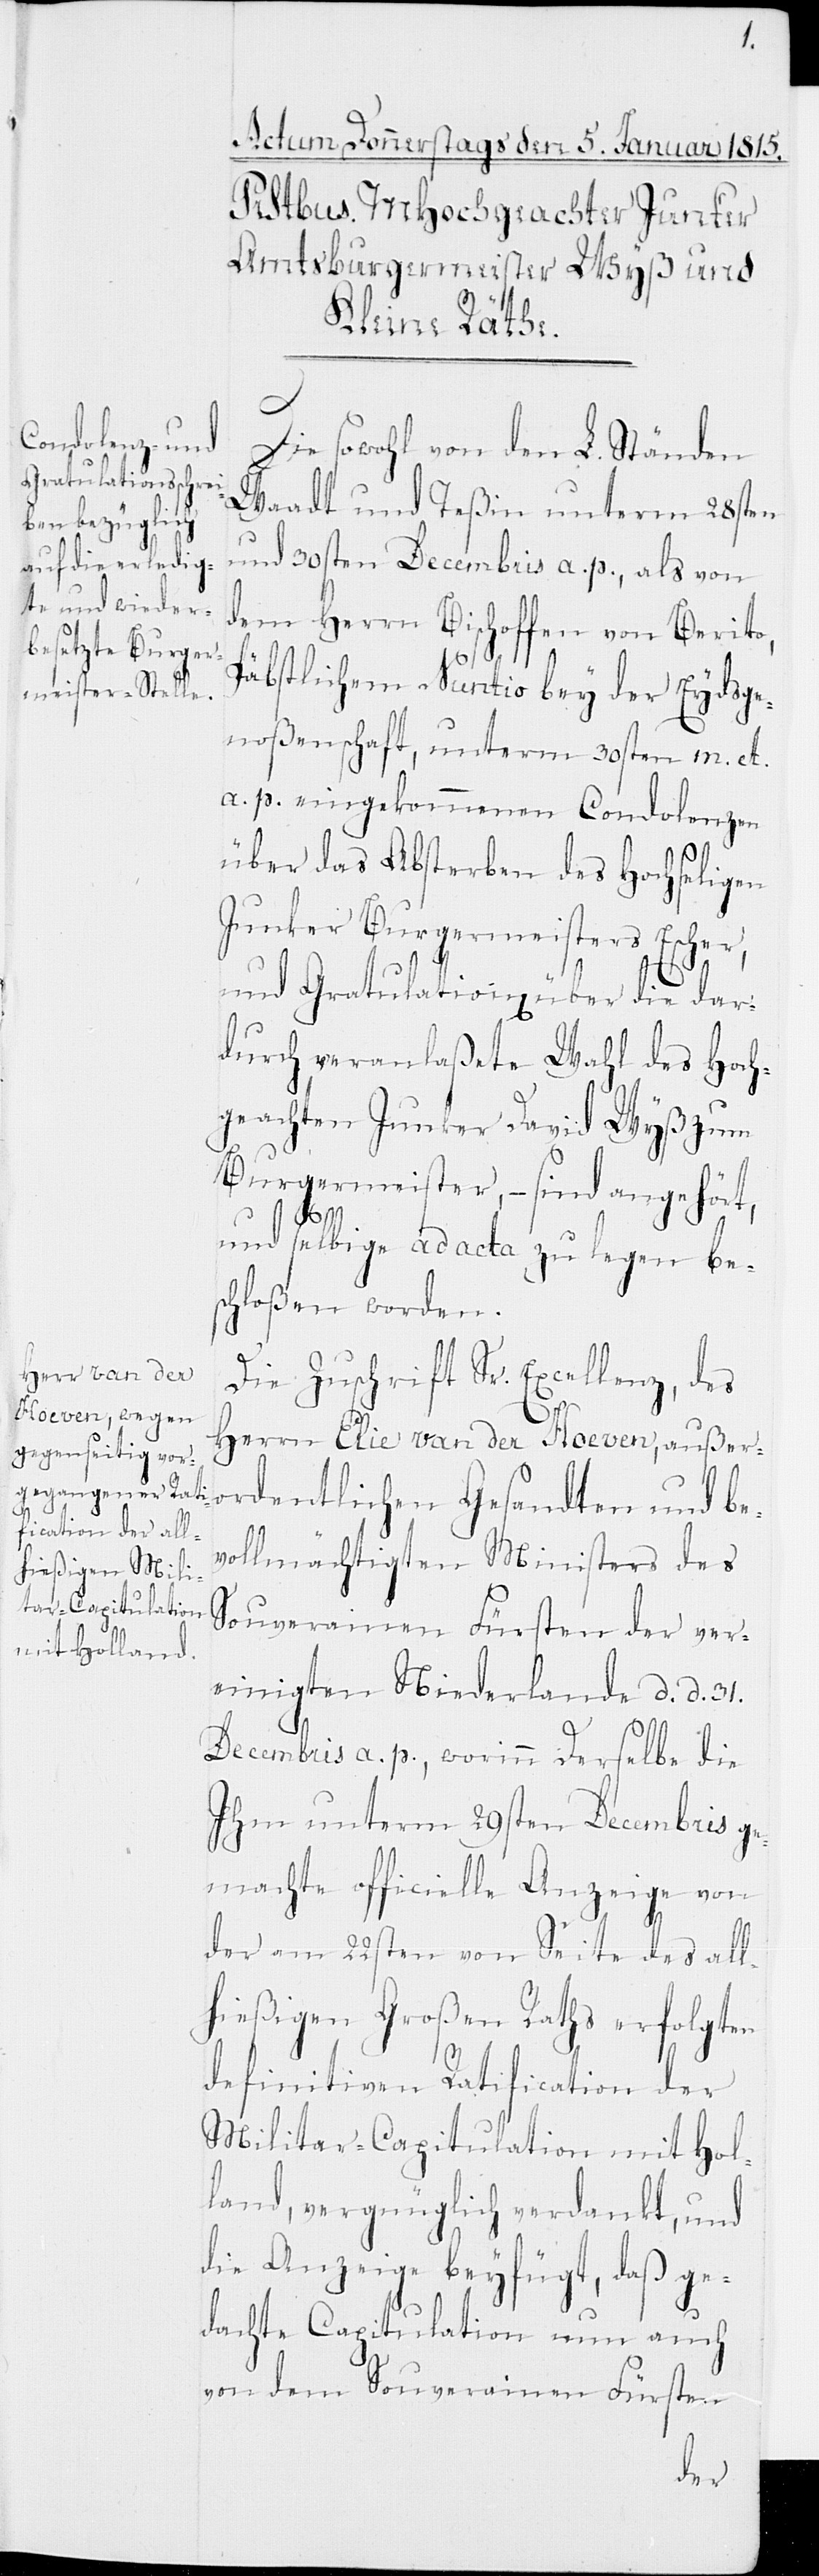
Die sowohl von den L. Ständen
Waadt und Teßin unterm 28sten
und 30sten Decembris a. p., als von
dem Herrn Bischoffen von Berito,
Päbstlichem Nuntio bey der Eydsge¬
noßenschaft, unterm 30sten m. et
a. p. eingekommenen Condolenzen
über das Absterben des Hochseligen
Junker Burgermeisters Escher,
und Gratulation[en] über die da¬
durch veranlaßete Wahl des Hoch¬
geachten Junker David Wyß zum
Burgermeister, – sind angehört,
und selbige ad acta zu legen be¬
schloßen worden.
Die Zuschrift Sr. Exzellenz, des
Herrn Elie van der Hoeven, außero¬
rdentlichen Gesandten und be¬
vollmächtigten Ministers des
Souverainen Fürsten der ver¬
einigten Niederlande d. d. 31.
Decembris a. p., worinn derselbe die
Ihm unterm 29sten Decembris ge¬
machte officielle Anzeige von
der am 22sten von Seite des all¬
hießigen Großen Raths erfolgten
definitiven Ratification der
Militar-Capitulation mit Hol¬
land, vergnüglich verdankt, und
die Anzeige beyfügt, daß ge¬
dachte Capitulation nun auch
von dem Souverainen Fürsten